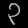
Digit: ၃